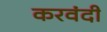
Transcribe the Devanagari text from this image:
करवंदी